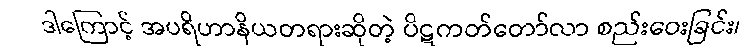
ဒါကြောင့် အပရိဟာနိယတရားဆိုတဲ့ ပိဋကတ်တော်လာ စည်းဝေးခြင်း၊